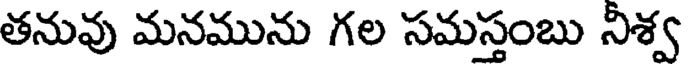
తనువు మనమును గల సమస్తంబు నీశ్వ